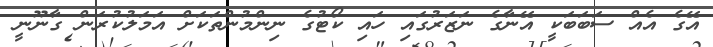
އޭގެ އެއް ސަބަބަކީ އޭނާގެ ނަޒަރުގައި ހައި ކޯޓުގެ ނިންމުންތަކަށް އަމަލުކުރަން ގާނޫނީ